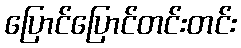
ပြောင်ပြောင်တင်းတင်း